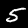
Label: 5